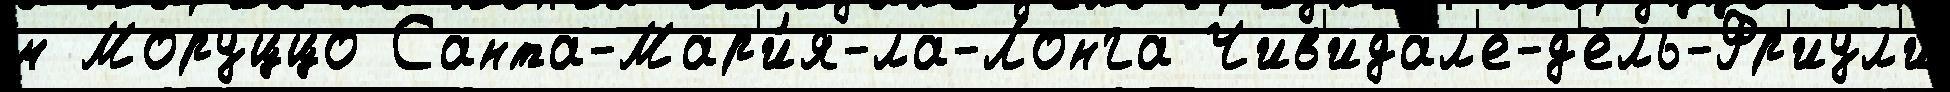
м Моруццо Санта-Мар'и́я-ла-Лонга Чив'идал'е-д'ель-Фр'иул'и